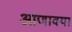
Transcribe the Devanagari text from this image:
आणावया